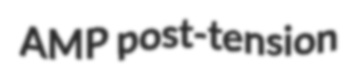
AMP post-tension